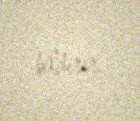
bildirir.